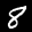
Label: 8